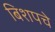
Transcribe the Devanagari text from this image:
बिशपचे